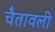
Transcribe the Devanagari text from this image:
चैतावली